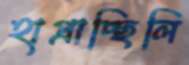
হাপ্‌রাচ্ছিলি